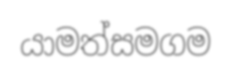
යාමත්සමගම